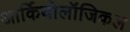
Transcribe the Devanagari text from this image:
आर्कियोलॉजिकल